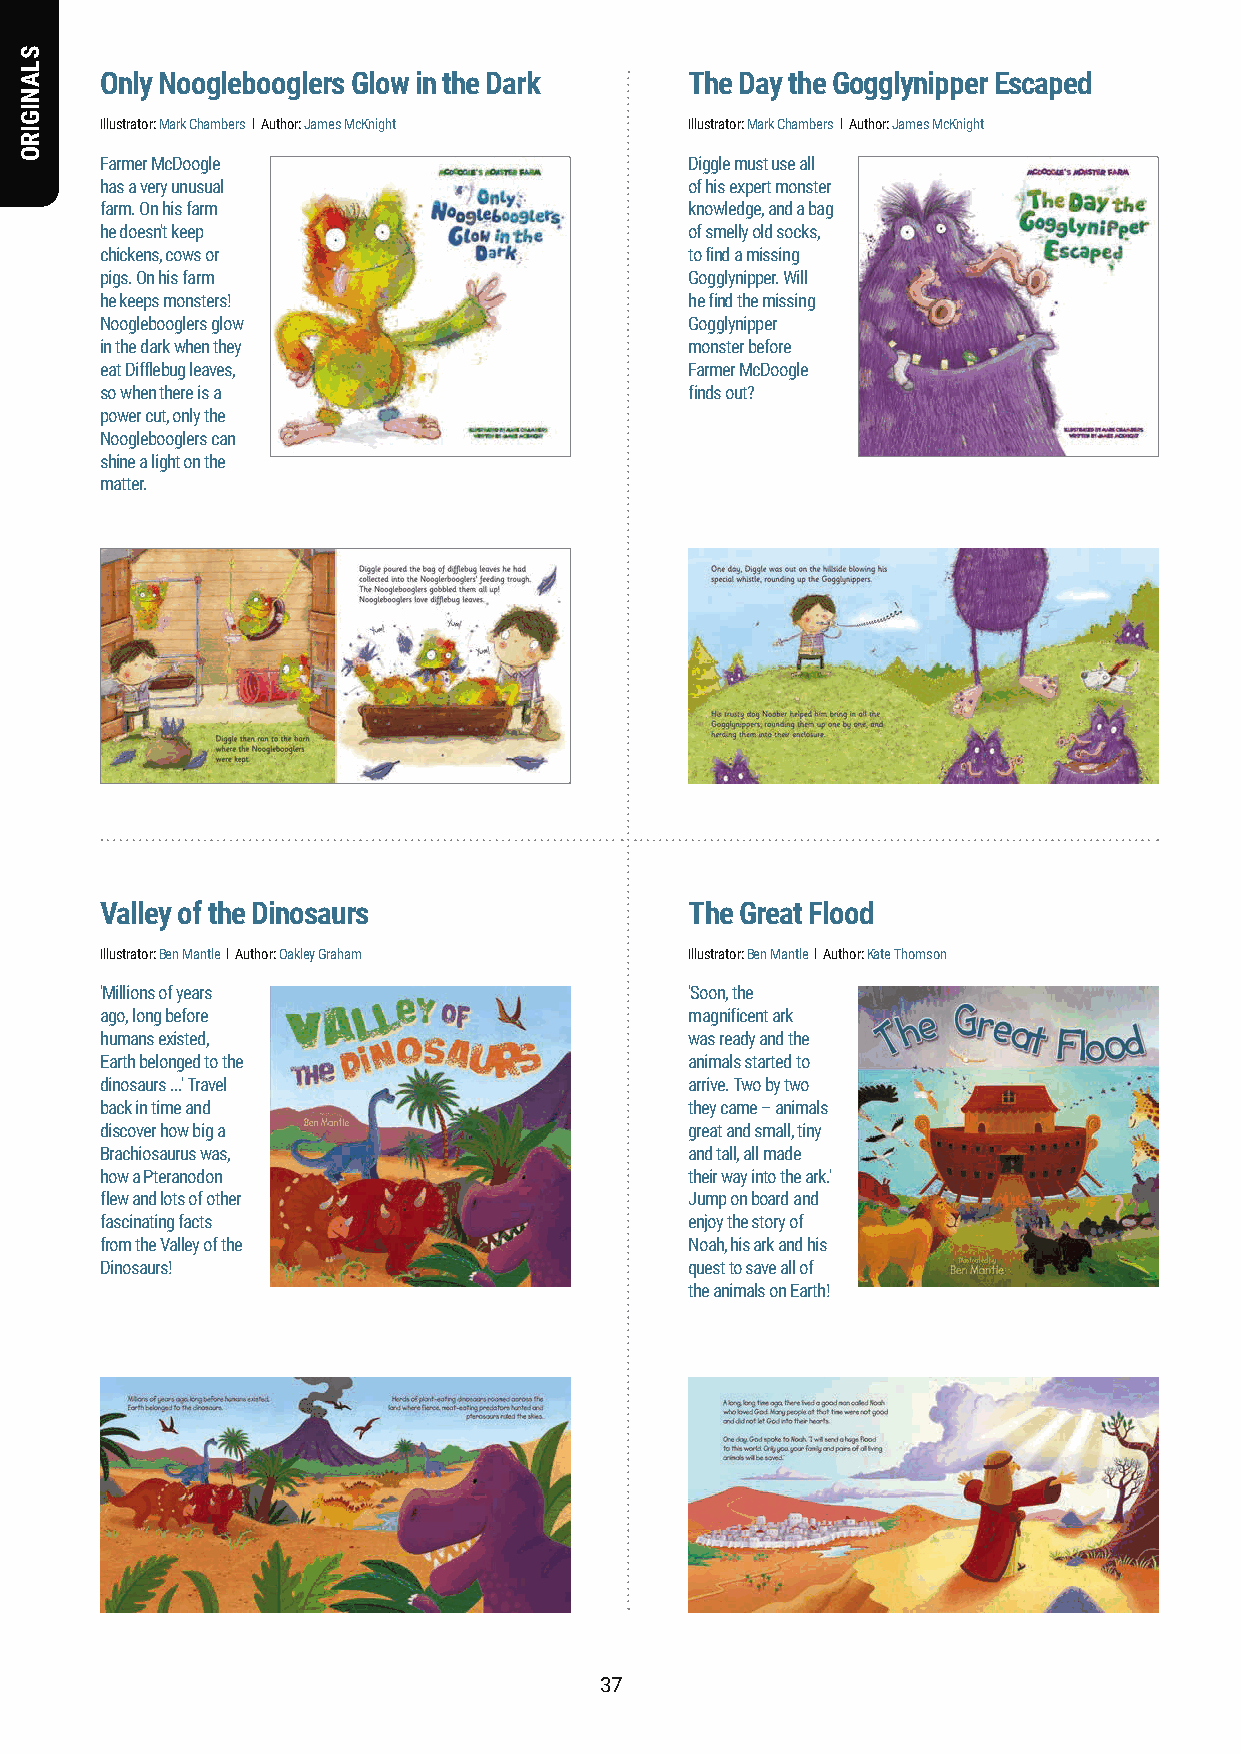
Only Nooglebooglers Glow in the Dark   The Day the Gogglynipper Escaped
 Illustrator: Mark Chambers l Author: James McKnight Illustrator: Mark Chambers l Author: James McKnight
 Farmer McDoogle                        Diggle must use all
 has a very unusual                     of his expert monster
 farm. On his farm                      knowledge, and a bag
 he doesn't keep                        of smelly old socks,
 chickens, cows or                      to find a missing
 pigs. On his farm                      Gogglynipper. Will
 he keeps monsters!                     he find the missing
 Nooglebooglers glow                    Gogglynipper
 in the dark when they                  monster before
 eat Difflebug leaves,                  Farmer McDoogle
 so when there is a                     finds out?
 power cut, only the
 Nooglebooglers can
 shine a light on the
 matter.
 Valley of the Dinosaurs                The Great Flood
 Illustrator: Ben Mantle l Author: Oakley Graham Illustrator: Ben Mantle l Author: Kate Thomson
 'Millions of years                     'Soon, the
 ago, long before                       magnificent ark
 humans existed,                        was ready and the
 Earth belonged to the                  animals started to
 dinosaurs ...' Travel                  arrive. Two by two
 back in time and                       they came – animals
 discover how big a                     great and small, tiny
 Brachiosaurus was,                     and tall, all made
 how a Pteranodon                       their way into the ark.'
 flew and lots of other                 Jump on board and
 fascinating facts                      enjoy the story of
 from the Valley of the                 Noah, his ark and his
 Dinosaurs!                             quest to save all of
 the animals on Earth!
 3377
 SLANIGIRO